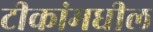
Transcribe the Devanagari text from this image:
टीकांमधील